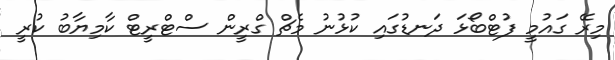
މިރޭ ގައުމީ ފުޓްބޯޅަ ދަނޑުގައި ކުޅުނު މެޗް ގްރީން ސްޓްރީޓް ކާމިޔާބު ކުރީ